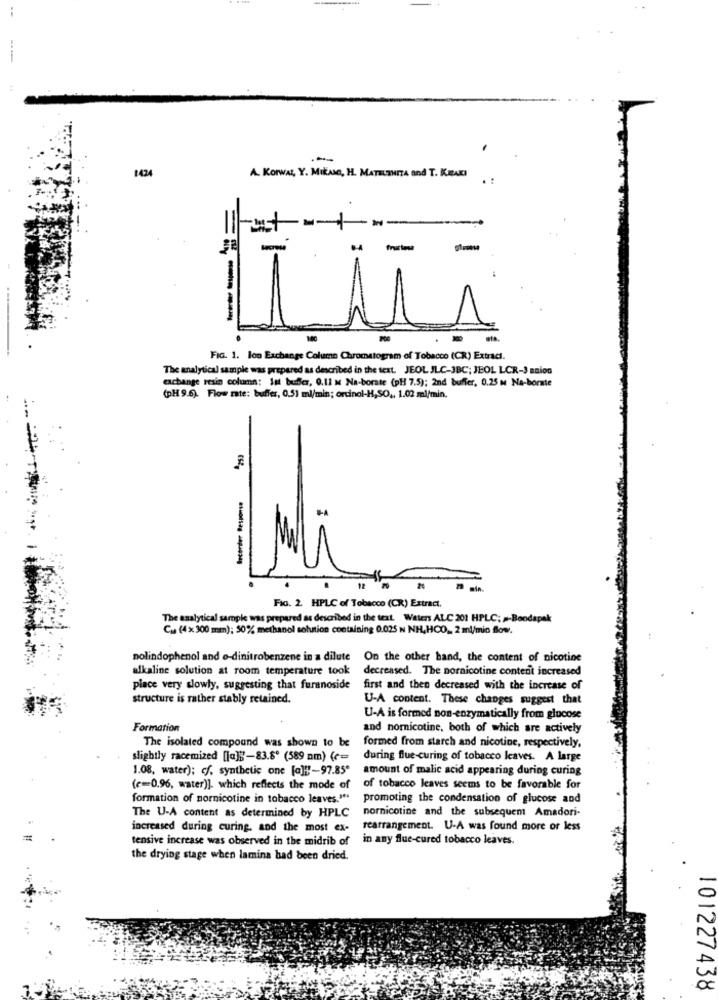
1424
A. Korwat, Y. MILANO, H. MATELENITA and T. KEAKI
. .
--
FIG. 1. loo Exchange Column Chromatogram of Tobacco (CR) Extract.
The analytical sample was prepared as described in the text. JEOL JLC-3BC; JEOL LCR-3 anios
exchange resin column: Ist bufer, 0.11 M Na-borste (pH 7.5); 2nd buffer, 0.25 m Na-bornte
(pH 9.6). Flow rate: buffer, 0.51 ml/min; orcinol-H,SO ,, 1.02 ml/min.
-
Ircorder Response "253
12
Fig. 2. HPLC of Tobacco (CR) Extract,
The analytical sample was prepared as described in the text. Waters ALC 201 HPLC; »-Boodapak
Cu (4 x 300 mm); 50% methanol solution containing 0.025 N NH,HCO ,, 2 ml/mio flow.
nolindophenol and o-dinitrobenzene in a dilute On the other hand, the content of nicotine
alkaline solution at room temperature took decreased. The nornicotine content increased
place very slowly, suggesting that furanoside
first and then decreased with the increase of
structure is rather stably retained.
U-A content. These changes suggest that
U-A is formed non-enzymatically from glucose
Formation
and nornicotine, both of which are actively
The isolated compound was shown to be
formed from starch and nicotine, respectively,
slightly racemized [[a] ;- 83.8º (589 nm) (c=
during flue-curing of tobacco leaves. A large
1.08, water); cf. synthetic one [a]!"-97.85º
amount of malic acid appearing during curing
(e=0.96, water)]. which reflects the mode of
of tobacco leaves seems to be favorable for
formation of nornicotine in tobacco leaves.""
promoting the condensation of glucose and
nornicotine and the subsequent Amadori-
The U-A content as determined by HPLC
increased during curing, and the most ex-
rearrangement. U-A was found more or less
tensive increase was observed in the midrib of
in any flue-cured tobacco leaves.
the drying stage when lamina had been dried.
101227438